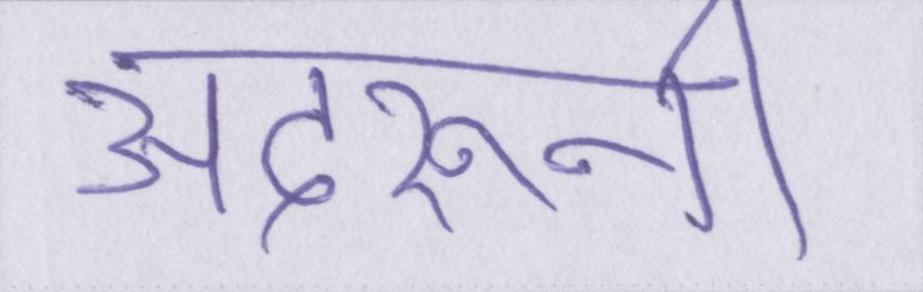
अंदरूनी